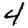
Digit: 4